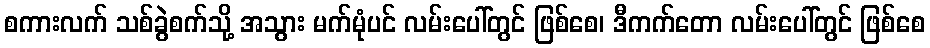
စကားလက် သစ်ခွဲစက်သို့ အသွား မက်မုံပင် လမ်းပေါ်တွင် ဖြစ်စေ၊ ဒီကက်တော လမ်းပေါ်တွင် ဖြစ်စေ